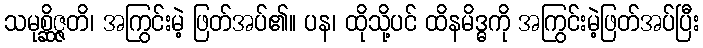
သမုစ္ဆိဇ္ဇတိ၊ အကြွင်းမဲ့ ဖြတ်အပ်၏။ ပန၊ ထိုသို့ပင် ထိနမိဒ္ဓကို အကြွင်းမဲ့ဖြတ်အပ်ပြီး